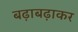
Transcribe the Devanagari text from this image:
बढ़ाबढ़ाकर